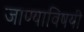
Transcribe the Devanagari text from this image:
जाण्याविषयी